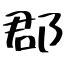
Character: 郡